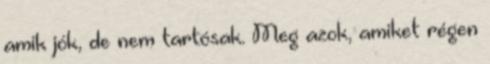
amik jók, de nem tartósak. Meg azok, amiket régen